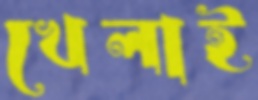
খেলাই